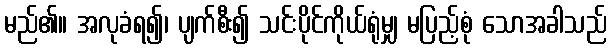
မည်၏။ အလုခံရ၍၊ ပျက်စီး၍ သင်းပိုင်ကိုယ်ရုံမျှ မပြည့်စုံ သောအခါသည်